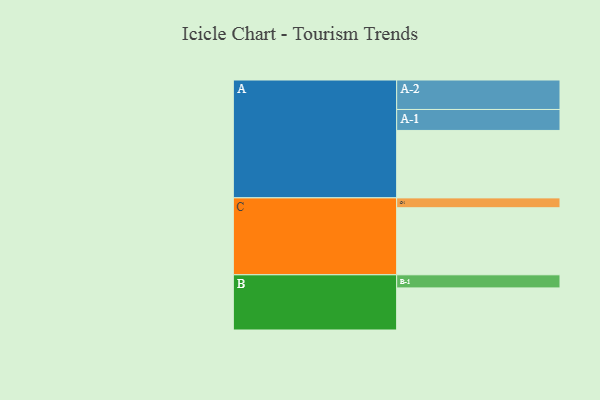
{"axis": {"x": "Segment", "y": "Value"}, "legend": ["", "A", "B", "C"], "data": [{"x": "A", "y": 540, "type": ""}, {"x": "B", "y": 337, "type": ""}, {"x": "C", "y": 537, "type": ""}, {"x": "A-1", "y": 168, "type": "A"}, {"x": "A-2", "y": 236, "type": "A"}, {"x": "B-1", "y": 105, "type": "B"}, {"x": "C-1", "y": 79, "type": "C"}]}